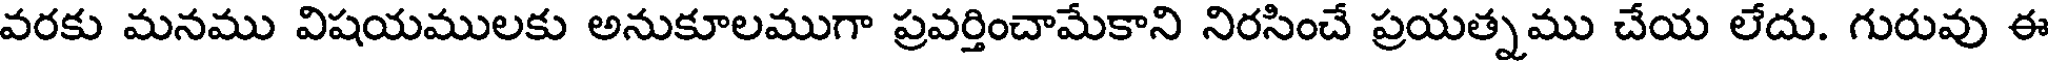
వరకు మనము విషయములకు అనుకూలముగా ప్రవర్తించామేకాని నిరసించే ప్రయత్నము చేయ లేదు. గురువు ఈ